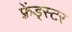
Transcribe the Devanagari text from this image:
फ़्रेंड्स्टर